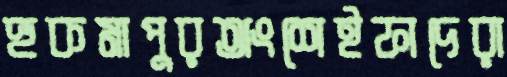
হুকমাপুরঅংশেইফাদেরা